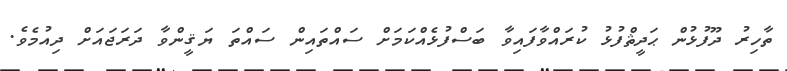
ތާހިރު ދޫފުޅުން ޙަދީޘްފުޅު ކުރައްވާފައިވާ ބަސްފުޅެއްކަމަށް ސައްތައިން ސައްތަ ޔަޤީންވާ ދަރަޖައަށް ދިއުމެވެ.